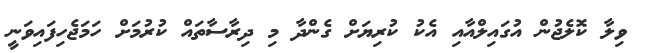
ވިލާ ކޮލެޖުން އުގައިލްއާއި އެކު ކުރިޔަށް ގެންދާ މި ދިރާސާތައް ކުރުމަށް ހަމަޖެހިފައިވަނީ